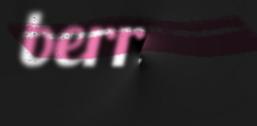
berrejit